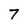
Character: 7